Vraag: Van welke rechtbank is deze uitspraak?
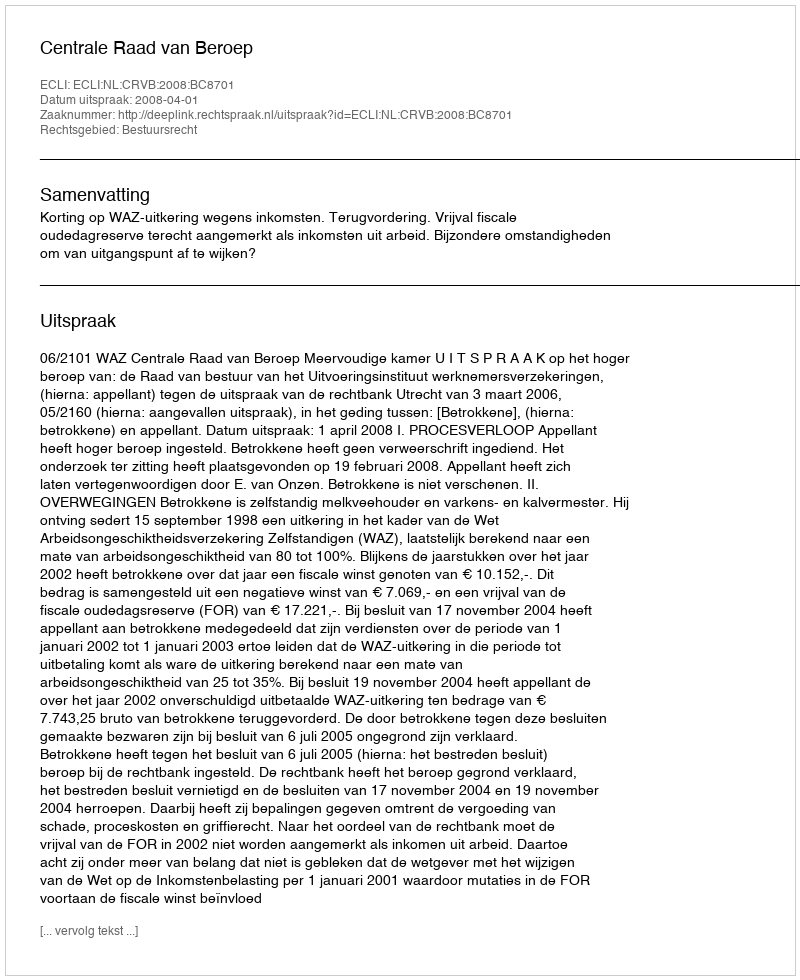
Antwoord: Centrale Raad van Beroep